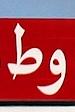
وط